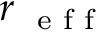
r _ { \mathrm { ~ \scriptsize ~ e ~ f ~ f ~ } }